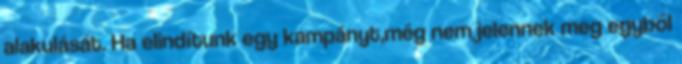
alakulását. Ha elindítunk egy kampányt,még nem jelennek meg egyből